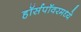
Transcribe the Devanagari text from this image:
हॉर्सपॉवरमध्ये